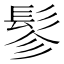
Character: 𩬖